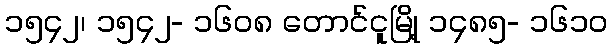
၁၅၄၂၊ ၁၅၄၂- ၁၆၀၈ တောင်ငူမြို့ ၁၄၈၅- ၁၆၁၀